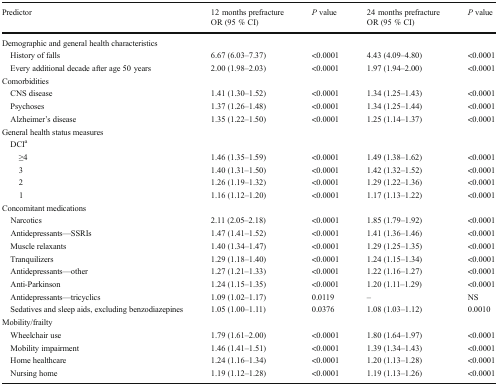
<table><thead><tr><td><b>Predictor</b></td><td><b>12 months prefractureOR (95 % CI)</b></td><td><b><i>P</i> value</b></td><td><b>24 months prefractureOR (95 % CI)</b></td><td><b><i>P</i> value</b></td></tr></thead><tbody><tr><td colspan="5">Demographic and general health characteristics</td></tr><tr><td> History of falls</td><td>6.67 (6.03–7.37)</td><td>&lt;0.0001</td><td>4.43 (4.09–4.80)</td><td>&lt;0.0001</td></tr><tr><td> Every additional decade after age 50 years</td><td>2.00 (1.98–2.03)</td><td>&lt;0.0001</td><td>1.97 (1.94–2.00)</td><td>&lt;0.0001</td></tr><tr><td colspan="5">Comorbidities</td></tr><tr><td> CNS disease</td><td>1.41 (1.30–1.52)</td><td>&lt;0.0001</td><td>1.34 (1.25–1.43)</td><td>&lt;0.0001</td></tr><tr><td> Psychoses</td><td>1.37 (1.26–1.48)</td><td>&lt;0.0001</td><td>1.34 (1.25–1.44)</td><td>&lt;0.0001</td></tr><tr><td> Alzheimer’s disease</td><td>1.35 (1.22–1.50)</td><td>&lt;0.0001</td><td>1.25 (1.14–1.37)</td><td>&lt;0.0001</td></tr><tr><td colspan="5">General health status measures</td></tr><tr><td colspan="5"> DCI<sup>a</sup></td></tr><tr><td>≥4</td><td>1.46 (1.35–1.59)</td><td>&lt;0.0001</td><td>1.49 (1.38–1.62)</td><td>&lt;0.0001</td></tr><tr><td>3</td><td>1.40 (1.31–1.50)</td><td>&lt;0.0001</td><td>1.42 (1.32–1.52)</td><td>&lt;0.0001</td></tr><tr><td>2</td><td>1.26 (1.19–1.32)</td><td>&lt;0.0001</td><td>1.29 (1.22–1.36)</td><td>&lt;0.0001</td></tr><tr><td>1</td><td>1.16 (1.12–1.20)</td><td>&lt;0.0001</td><td>1.17 (1.13–1.22)</td><td>&lt;0.0001</td></tr><tr><td colspan="5">Concomitant medications</td></tr><tr><td> Narcotics</td><td>2.11 (2.05–2.18)</td><td>&lt;0.0001</td><td>1.85 (1.79–1.92)</td><td>&lt;0.0001</td></tr><tr><td> Antidepressants—SSRIs</td><td>1.47 (1.41–1.52)</td><td>&lt;0.0001</td><td>1.41 (1.36–1.46)</td><td>&lt;0.0001</td></tr><tr><td> Muscle relaxants</td><td>1.40 (1.34–1.47)</td><td>&lt;0.0001</td><td>1.29 (1.25–1.35)</td><td>&lt;0.0001</td></tr><tr><td> Tranquilizers</td><td>1.29 (1.18–1.40)</td><td>&lt;0.0001</td><td>1.24 (1.15–1.34)</td><td>&lt;0.0001</td></tr><tr><td> Antidepressants—other</td><td>1.27 (1.21–1.33)</td><td>&lt;0.0001</td><td>1.22 (1.16–1.27)</td><td>&lt;0.0001</td></tr><tr><td> Anti-Parkinson</td><td>1.24 (1.15–1.35)</td><td>&lt;0.0001</td><td>1.20 (1.11–1.29)</td><td>&lt;0.0001</td></tr><tr><td> Antidepressants—tricyclics</td><td>1.09 (1.02–1.17)</td><td>0.0119</td><td>–</td><td>NS</td></tr><tr><td> Sedatives and sleep aids, excluding benzodiazepines</td><td>1.05 (1.00–1.11)</td><td>0.0376</td><td>1.08 (1.03–1.12)</td><td>0.0010</td></tr><tr><td colspan="5">Mobility/frailty</td></tr><tr><td> Wheelchair use</td><td>1.79 (1.61–2.00)</td><td>&lt;0.0001</td><td>1.80 (1.64–1.97)</td><td>&lt;0.0001</td></tr><tr><td> Mobility impairment</td><td>1.46 (1.41–1.51)</td><td>&lt;0.0001</td><td>1.39 (1.34–1.43)</td><td>&lt;0.0001</td></tr><tr><td> Home healthcare</td><td>1.24 (1.16–1.34)</td><td>&lt;0.0001</td><td>1.20 (1.13–1.28)</td><td>&lt;0.0001</td></tr><tr><td> Nursing home</td><td>1.19 (1.12–1.28)</td><td>&lt;0.0001</td><td>1.19 (1.13–1.26)</td><td>&lt;0.0001</td></tr></tbody></table>